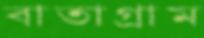
বাতাগ্রাম